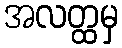
အလတ္ထမှ